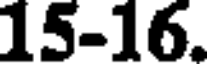
15-16.